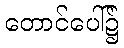
တောင်ပေါ်၌